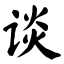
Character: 谈